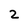
Character: 2